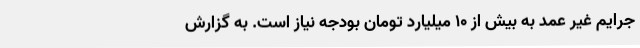
جرایم غیر عمد به بیش از 10 میلیارد تومان بودجه نیاز است. به گزارش